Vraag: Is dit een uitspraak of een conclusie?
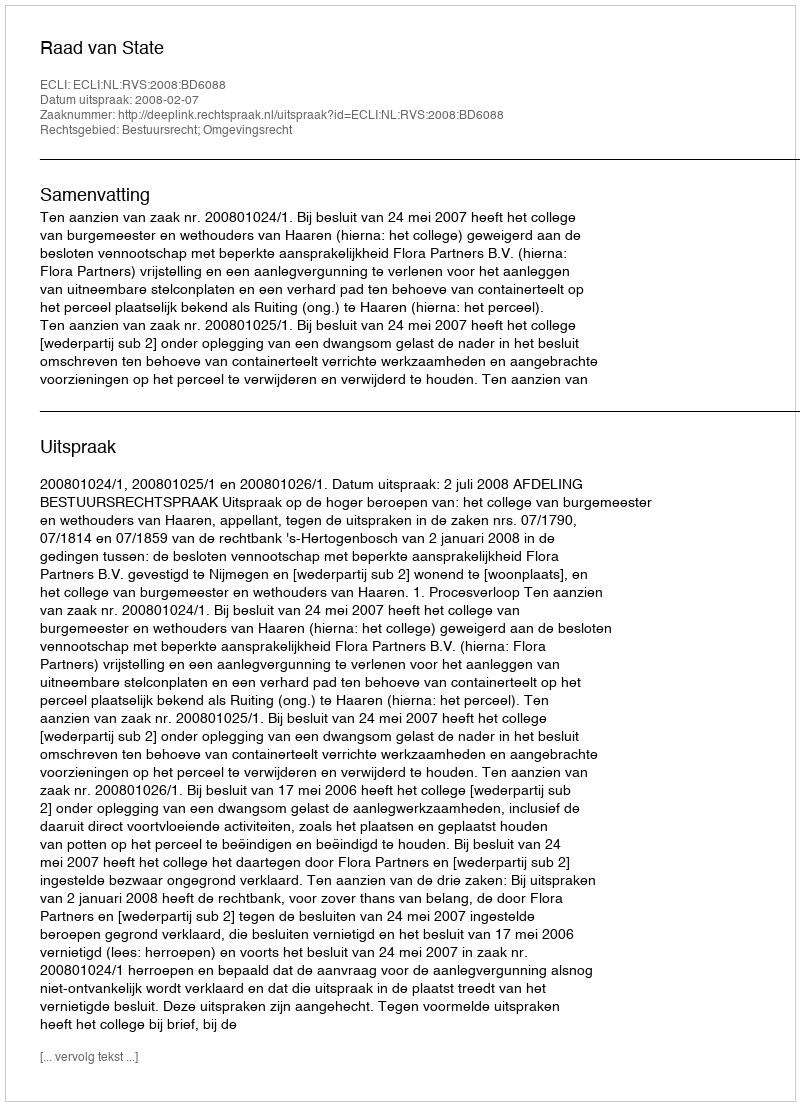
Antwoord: Uitspraak